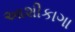
આશીકાગા